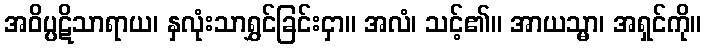
အဝိပ္ပဋိသာရာယ၊ နှလုံးသာရွှင်ခြင်းငှာ။ အလံ၊ သင့်၏။ အာယသ္မာ၊ အရှင်ကို။